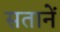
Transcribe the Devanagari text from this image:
सतानें